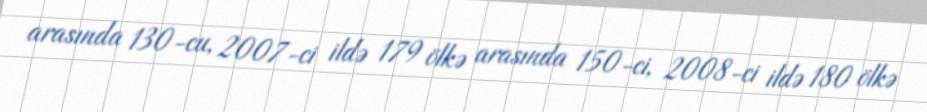
arasında 130-cu, 2007-ci ildə 179 ölkə arasında 150-ci, 2008-ci ildə 180 ölkə